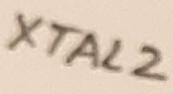
Text: XTAL2